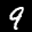
Label: 9